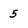
Character: 5